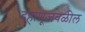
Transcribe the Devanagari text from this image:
दहाणूजवळील